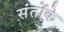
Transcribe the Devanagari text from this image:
संतोंके